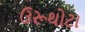
ઉરૂથોટા